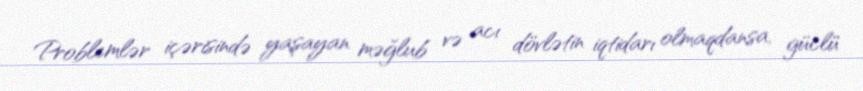
Problemlər içərisində yaşayan məğlub və acı dövlətin iqtidarı olmaqdansa, güclü